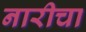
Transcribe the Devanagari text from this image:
नारीचा